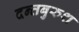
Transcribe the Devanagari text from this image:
दन्तबुरुश